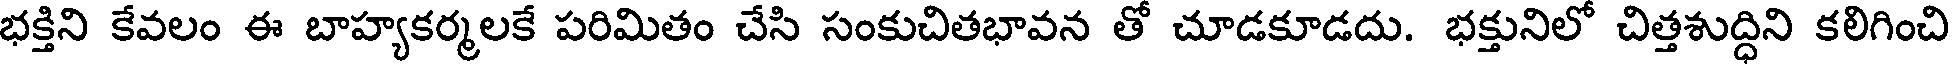
భక్తిని కేవలం ఈ బాహ్యకర్మలకే పరిమితం చేసి సంకుచితభావన తో చూడకూడదు. భక్తునిలో చిత్తశుద్ధిని కలిగించి